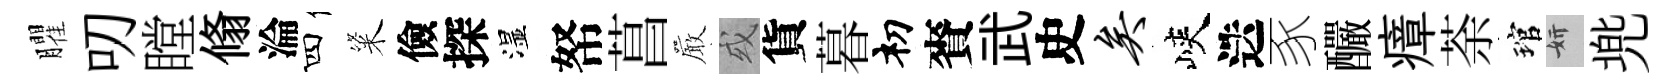
臞叨瞠翛淪四粢儉探湿帑菖巖或貨暮𥘉賚武史矣峽迭豕釅瘴荼琯妍兠